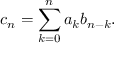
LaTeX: c _ { n } = \sum _ { k = 0 } ^ { n } a _ { k } b _ { n - k } .